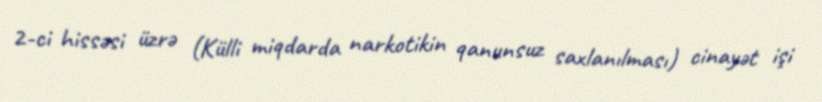
2-ci hissəsi üzrə (Külli miqdarda narkotikin qanunsuz saxlanılması) cinayət işi